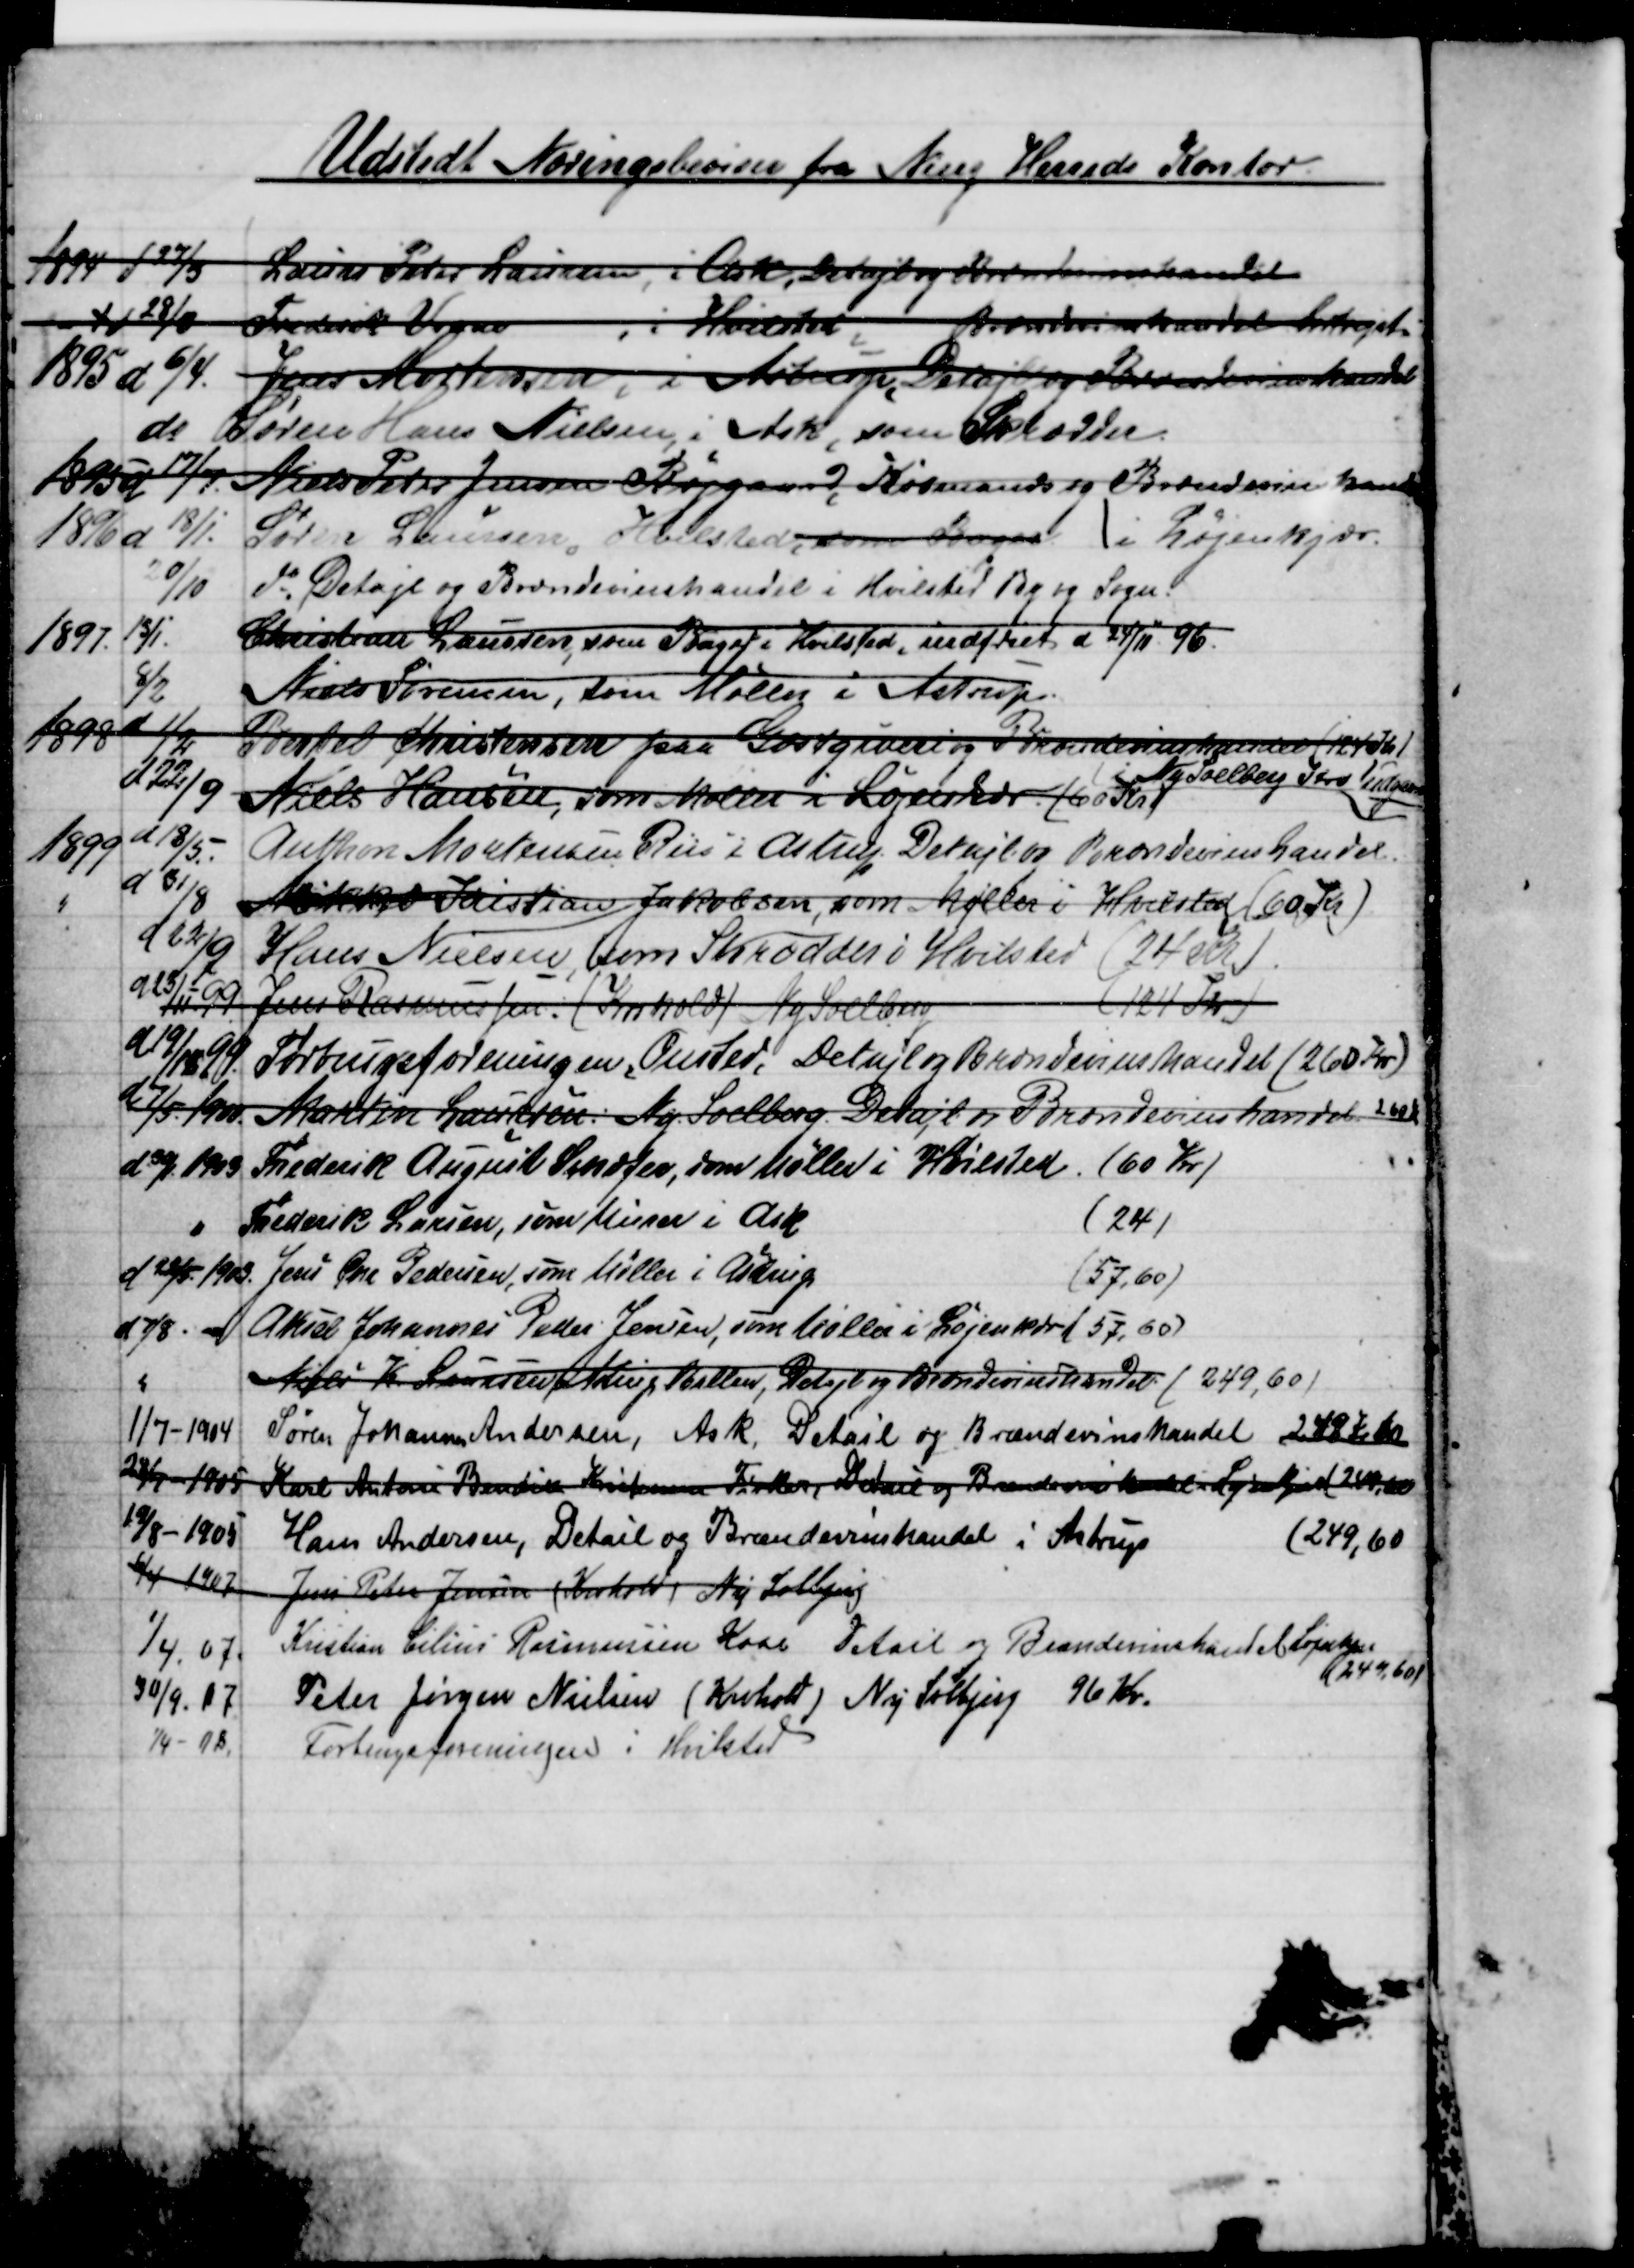
Transskription:
Udstedt Næringsbeviser fra Ning Herreds Kontor
1894 d 27/3
Laurs Peter Laursen, i Ask. Detajl og Brændevinshandel
d 28/3
Frederik Vogne
i Hvilsted Brændevinshandel bortrejst
1895 d 6/4.
Jens Mortensen i Astrup, Detajl og Brændevinshandel
do
Søren Hans Nielsen i Ask, som Skrædder
1895 d 17/7
Niels Peter Jensen Røjgaard, Købmands og Brændevinshandel
 i Løjenkjær.
1896 d 18/1.
Søren Laursen, Hvilsted som Bager
20/10
do Detajl og Brændevinshandel i Hvilsted By og Sogn.
1897.
13/1
Christian Laursen, som Bager i Hvilsted, indfriet d 24/11-96.
8/2
Niels Sørensen, som Møller i Astrup
1898 d 1/2
Bertel Christensen paa Gæstgiveri og Brændevinshandel (124Jh)
i Ny Soelberg  Kro udgaaet
d 22/9
Niels Hansen, som Møller i Løjenkjær (60 Kr)
1899 
d 18/5.
Anthon Mortensen Riis i Astrup Detajl og Brændevinshandel.
d  31/8
Mikkel Kristian Jakobsen, som Møller i Hvilsted (60 Kr)
d  22/9
Hans Nielsen, som Skrædder i Hvilsted (24 Kr)
d 23/11-99
Jens Rasmussen. (Krohold) Ny Solbjerg 
(124 Kr)
d 19/11-99
Forbrugsforeningen Onsted, Detajl og Brændevilshandel (260 Kr.)
d 7/5 1900
Martin Laursen, Ny Soelberg. Detajl og Brændevinshandel 260 Kr
d 30/1 1903
Frederik August Schæfer som Møller i Hvilsted. (60 Kr)
Frederik Larsen, som Murer i Ask
(24)
d 22/5 1903. Jens Ove Pedersen, som Møller i Astrup
(57,60)
d 7/8
 Aksel Johannes Peder Jensen, som Møller i Løjenkjær  (57,60)
Niels K. Laursen, Astrup Ballen, Detajl og Brændevinshandel (249, 60)
1/7-1904
Søren Johannes Andersen, Ask,Detail og Brændevinshandel
248 Kr 60
28/7 - 1905
Karl Anton Bendix Kristensen Fisker, Detajl og Brændevinshandel i Løjenkjær (249,60)
19/8 - 1905
Hans Andersen, Detail og Brændevinshandel i Astrup
(249, 60
6/4 1907
Jens Peter Jensen (Krohold) Ny Solbjerg
1/4 07
Kristian Cilius Rasmussen Kaae Detajl og Brændevinshandel Løjenkjær
(249, 60)
30/9 07
Peter Jørgen Nielsen (Krohold) Ny Solbjerg 96 Kr.
1/4-08.
Forbrugsforeningen i Hvilsted